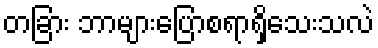
တခြား ဘာများပြောစရာရှိသေးသလဲ